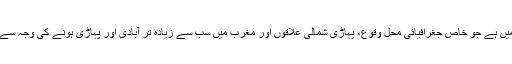
ایرانی وزیر برائے شہری ترقی نے مزید کہا کہ ایران ایسی صورتحال میں ہے جو خاص جغرافیائی محل وقوع، پہاڑی شمالی علاقوں اور مغرب میں سب سے زیادہ تر آبادی اور پہاڑی ہونے کی وجہ سے ملک کو آسان، محفوظ راستوں تک رسائی کی جلد از جلد ضرورت ہے۔